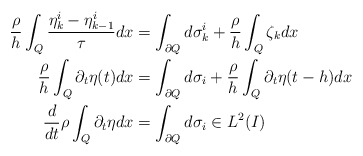
\begin{align*} \frac{\rho}{h}\int_Q \frac{\eta_k^i-\eta_{k-1}^i}{\tau} dx &= \int_{\partial Q} d \sigma^i_k + \frac{\rho}{h}\int_Q \zeta_k dx \\ \frac{\rho}{h}\int_Q \partial_t \eta(t) dx &= \int_{\partial Q} d \sigma_i + \frac{\rho}{h}\int_Q \partial_t \eta(t-h) dx \\ \frac{d}{dt}\rho \int_Q \partial_t \eta dx &= \int_{\partial Q} d \sigma_i \in L^2(I)\end{align*}